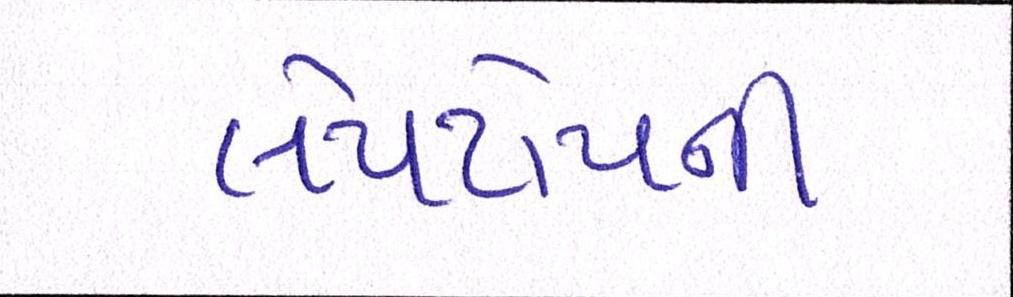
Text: લેપટોપની